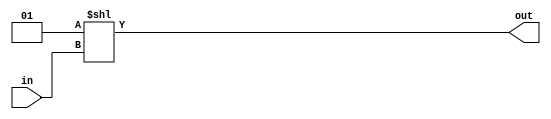
module decoder11_2048 (
	input [10:0] in,  
	output [2047:0] out
);
	assign out = 1 << in;
endmodule